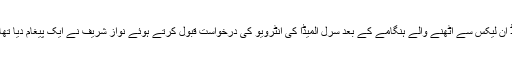
ڈ ان لیکس سے اٹھنے والے ہنگامے کے بعد سرل المیڈا کی انٹرویو کی درخواست قبول کرتے ہوئے نواز شریف نے ایک پیغام دیا تھا۔